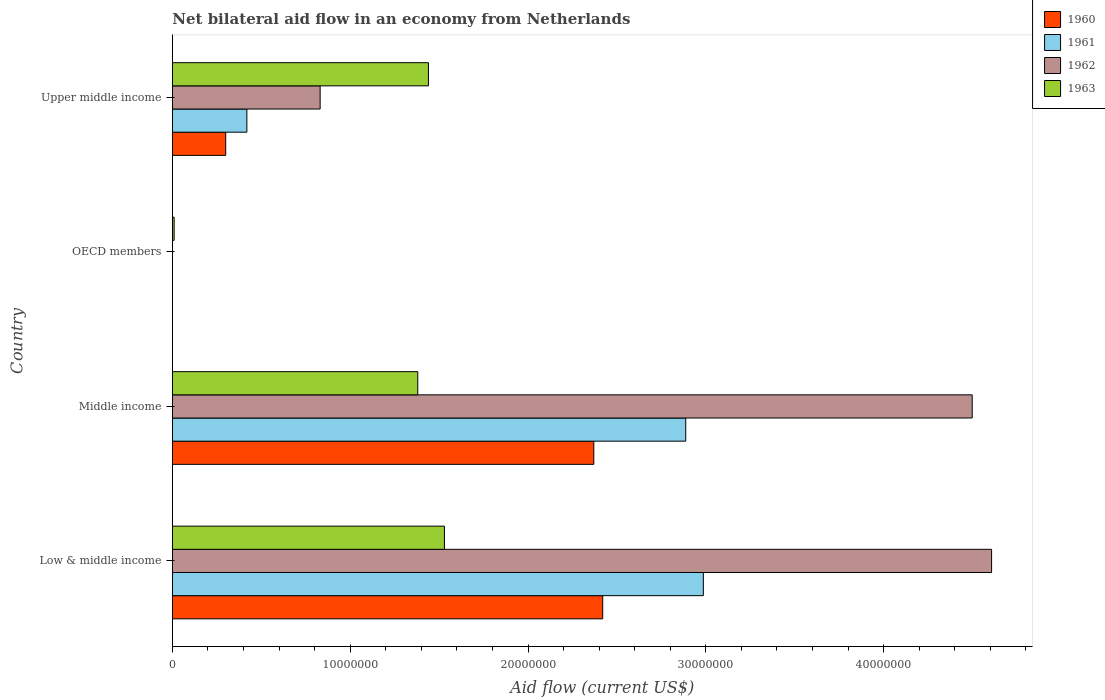
| Country | 1960 | 1961 | 1962 | 1963 |
 | --- | --- | --- | --- | --- |
 | Low & middle income | 2.42e+07 | 2.99e+07 | 4.61e+07 | 1.53e+07 |
 | Middle income | 2.37e+07 | 2.89e+07 | 4.5e+07 | 1.38e+07 |
 | OECD members | -4e+05 | -6.1e+05 | -6.1e+05 | 1e+05 |
 | Upper middle income | 3e+06 | 4.19e+06 | 8.31e+06 | 1.44e+07 |